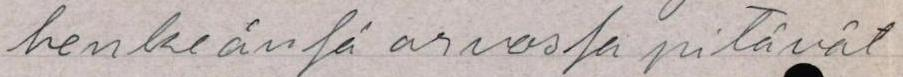
henkeänsä arvossa pitävät